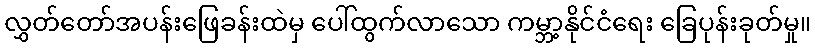
လွှတ်တော်အပန်းဖြေခန်းထဲမှ ပေါ်ထွက်လာသော ကမ္ဘာ့နိုင်ငံရေး ခြေပုန်းခုတ်မှု။